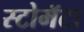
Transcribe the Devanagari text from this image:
स्टोमॅटा